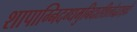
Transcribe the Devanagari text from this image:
शापाग्निदग्धमुनिदारशिलोद्धराङ्घ्रेः